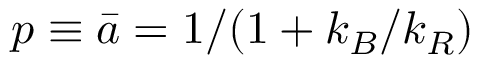
p \equiv \bar { a } = 1 / ( 1 + k _ { B } / k _ { R } )